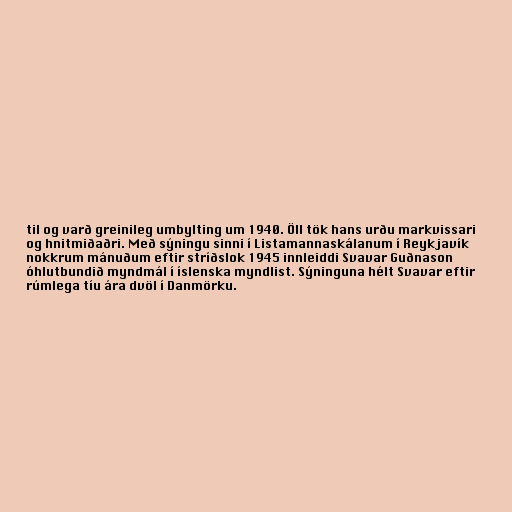
til og varð greinileg umbylting um 1940. Öll tök hans urðu markvissari
og hnitmiðaðri. Með sýningu sinni í Listamannaskálanum í Reykjavík
nokkrum mánuðum eftir stríðslok 1945 innleiddi Svavar Guðnason
óhlutbundið myndmál í íslenska myndlist. Sýninguna hélt Svavar eftir
rúmlega tíu ára dvöl í Danmörku.